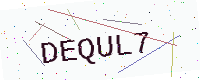
Text: DEQUL7